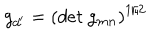
g _ { d ^ { \prime } } = \left( d e t ~ g _ { m n } \right) ^ { 1 / 2 }